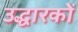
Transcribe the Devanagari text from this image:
उद्धारकों